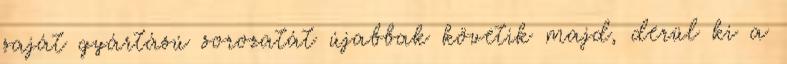
saját gyártású sorozatát újabbak követik majd, derül ki a